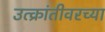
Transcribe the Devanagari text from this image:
उत्क्रांतीवरच्या